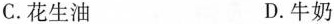
C.花生油 D.牛奶